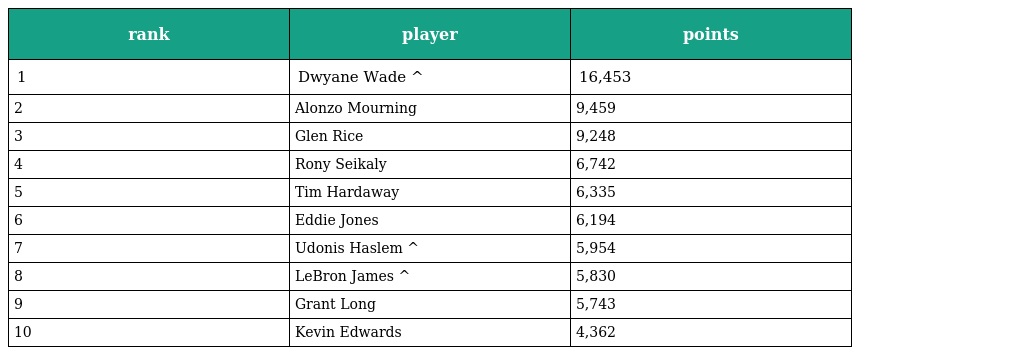
| rank | player | points |
 | --- | --- | --- |
 | 1 | Dwyane Wade ^ | 16,453 |
 | 2 | Alonzo Mourning | 9,459 |
 | 3 | Glen Rice | 9,248 |
 | 4 | Rony Seikaly | 6,742 |
 | 5 | Tim Hardaway | 6,335 |
 | 6 | Eddie Jones | 6,194 |
 | 7 | Udonis Haslem ^ | 5,954 |
 | 8 | LeBron James ^ | 5,830 |
 | 9 | Grant Long | 5,743 |
 | 10 | Kevin Edwards | 4,362 |